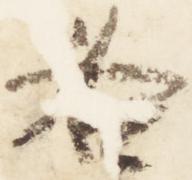
各